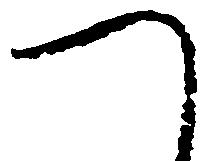
つ